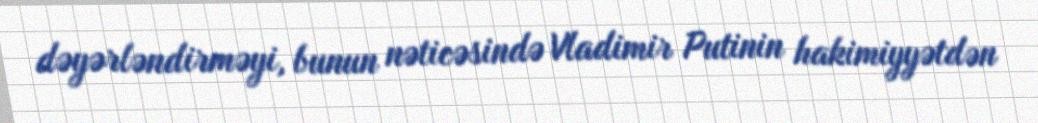
dəyərləndirməyi, bunun nəticəsində Vladimir Putinin hakimiyyətdən